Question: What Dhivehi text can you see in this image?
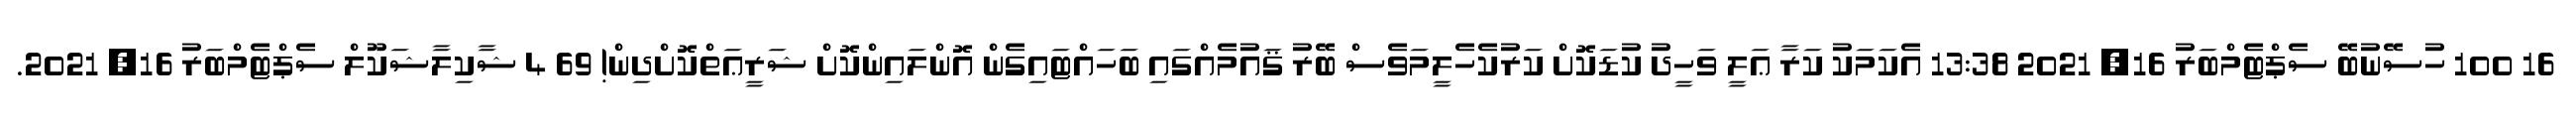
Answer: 16 100 ހުސޭނުބޭ ސެޕްޓެމްބަރު 16, 2021 13:38 އެކަމަކު ކަރާ ޢަލީ ވަހީދު ކުޑަކޮށް ކަރުކެހެލީމަވެސް ބޭރު ޤައުމެއްގައި ބަހައްޓައިގެން އޮންލައިންކޮށް ޝަރީޢަތްކޮށްދިން! 69 4 ޝާކިލާޝަކޫލް ސެޕްޓެމްބަރު 16, 2021.